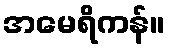
အမေရိကန်။